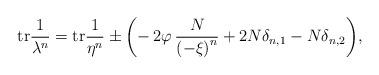
LaTeX: \begin{align*}{\rm tr}\frac{1}{\lambda^n}={\rm tr}\frac{1}{\eta^n}\pm\biggl(-\,2\varphi\,\frac{N}{\left(-\xi\right)^n}+2N\delta_{n,1}-N\delta_{n,2}\biggl),\end{align*}